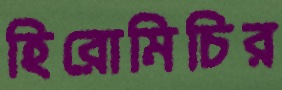
হিরোমিচির